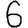
Digit: 6